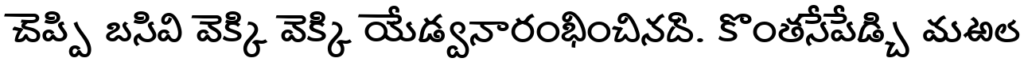
చెప్పి బసివి వెక్కి వెక్కి యేడ్వనారంభించినది. కొంతసేపేడ్చి మఱల